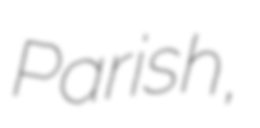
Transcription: Parish,